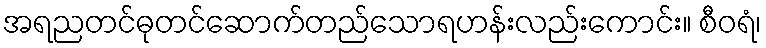
အရညတင်ဓုတင်ဆောက်တည်သောရဟန်းလည်းကောင်း။ စီဝရံ၊